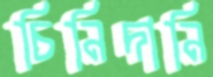
চিনিদানি